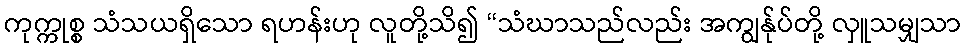
ကုက္ကုစ္စ သံသယရှိသော ရဟန်းဟု လူတို့သိ၍ “သံဃာသည်လည်း အကျွန်ုပ်တို့ လှူသမျှသာ